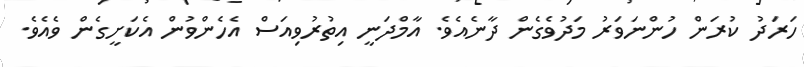
ހަރަދު ކުރަން ހުންނަވަރު މަދުވެގެން ދާނެއެވެ. އާމްދަނީ އިތުރުވިއަސް އެހެންވުން އެކަށީގެން ވެއެވެ.